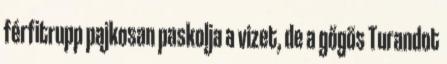
férfitrupp pajkosan paskolja a vizet, de a gőgös Turandot